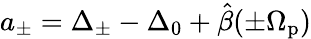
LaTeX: a_{\pm}=\Delta_{\pm}-\Delta_{0}+\hat{\beta}(\pm\Omega_{\mathrm{p}})